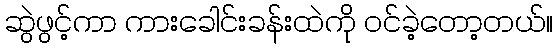
ဆွဲဖွင့်ကာ ကားခေါင်းခန်းထဲကို ဝင်ခဲ့တော့တယ်။